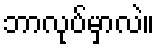
ဘာလုပ်မှာလဲ။